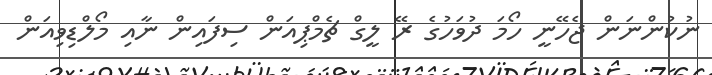
ނުކުންނަން ޖެހޭނީ ހޯމަ ދުވަހުގެ ރޭ ލީގް ޗެމްޕިއަން ސިފައިން ނާއި މޯލްޑިވިއަން